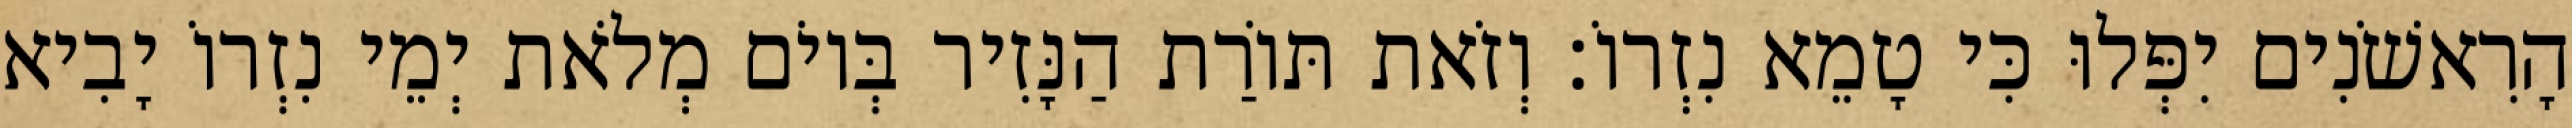
הָרִאשֹׁנִים יִפְּלוּ כִּי טָמֵא נִזְרוֹ׃ וְזֹאת תּוֹרַת הַנָּזִיר בְּיוֹם מְלֹאת יְמֵי נִזְרוֹ יָבִיא